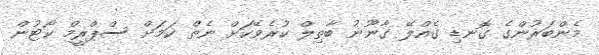
މެންބަރުންގެ ގޮނޑި ގެއްލޭ ގާނޫނު ބާތިލް ކުރެވޭކަށް ނެތް ކަމަށް ސްޕްރީމް ކޯޓުން